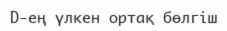
D-ең үлкен ортақ бөлгіш